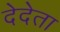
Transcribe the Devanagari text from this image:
देदेता